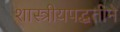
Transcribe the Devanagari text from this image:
शास्त्रीयपद्धतीने